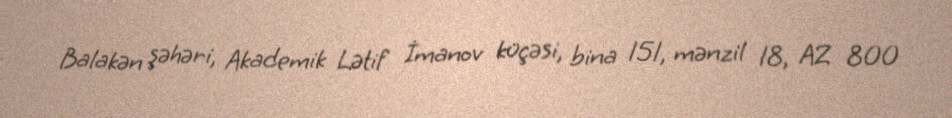
Balakən şəhəri, Akademik Lətif İmanov küçəsi, bina 151, mənzil 18, AZ 800